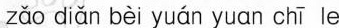
zǎo diǎn bèi yuán yuan chī le